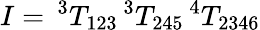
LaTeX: I=\, ^{3}T_{123}\, ^{3}T_{245}\, ^{4}T_{2346}